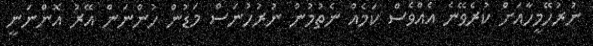
ނުރުހޭމީހާއަށް ކުރެވޭނެ އެއްވެސް ކަމެއް ނެތުމުން ނުރުހުނަސް މަޑުން ހުންނަން އޭރު އޮންނަނީ